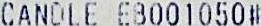
CANDLE EB001050#